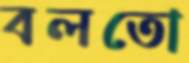
বলতো